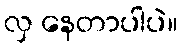
လှ နေတာပါပဲ။